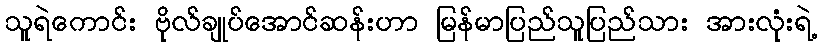
သူရဲကောင်း ဗိုလ်ချုပ်အောင်ဆန်းဟာ မြန်မာပြည်သူပြည်သား အားလုံးရဲ့